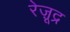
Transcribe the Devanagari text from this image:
रेज़ूद्र